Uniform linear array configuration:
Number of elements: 16
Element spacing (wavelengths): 1
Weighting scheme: cosine
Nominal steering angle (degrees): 15
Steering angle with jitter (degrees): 16.609
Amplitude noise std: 0.05
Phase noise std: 0.05

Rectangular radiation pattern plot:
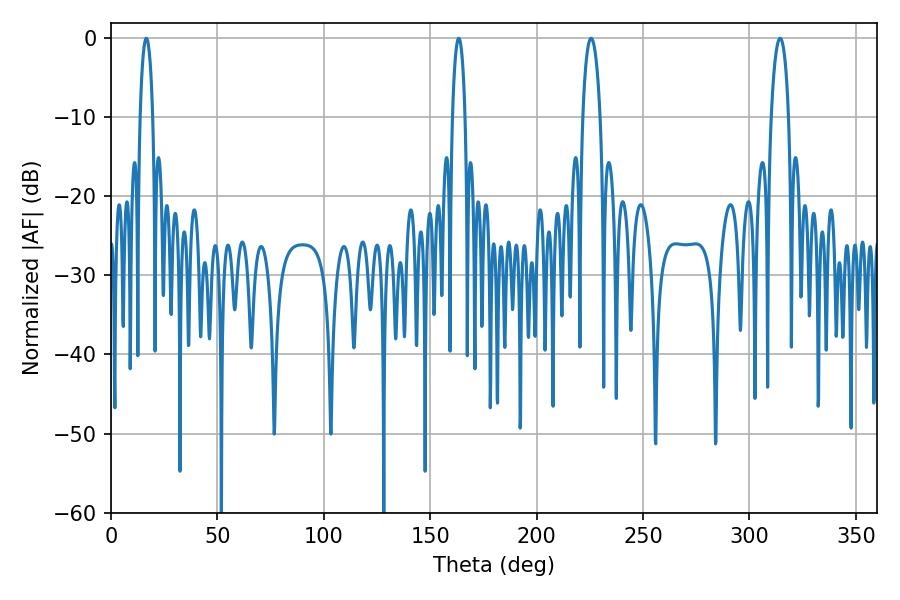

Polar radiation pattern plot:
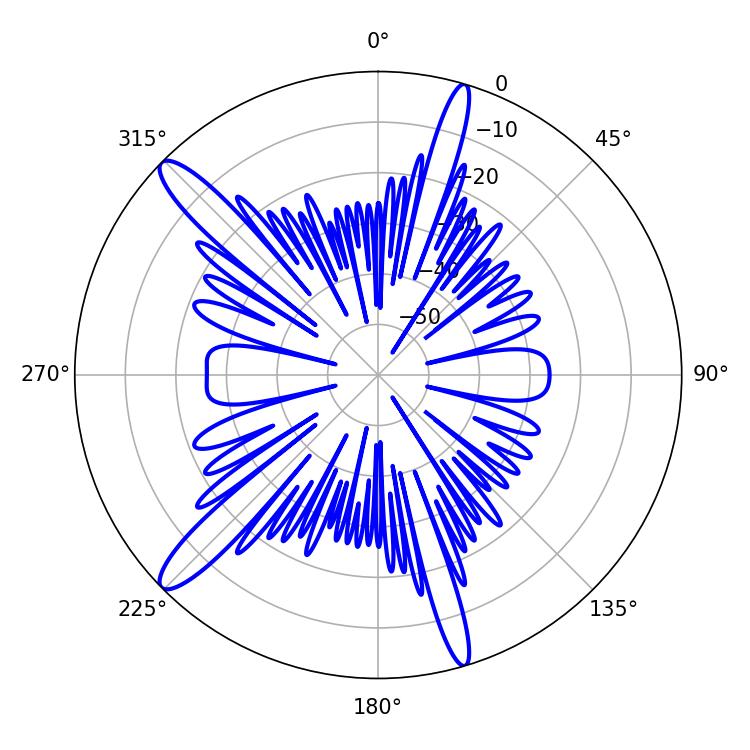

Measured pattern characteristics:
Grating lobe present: TRUE
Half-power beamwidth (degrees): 4.5
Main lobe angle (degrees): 225.54